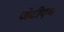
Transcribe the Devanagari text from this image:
जेटीएम